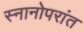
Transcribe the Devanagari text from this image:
स्नानोपरांत